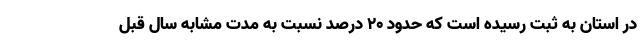
در استان به ثبت رسیده است که حدود ۲۰ درصد نسبت به مدت مشابه سال قبل